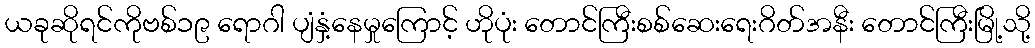
ယခုဆိုရင်ကိုဗစ်၁၉ ရောဂါ ပျံနှံ့နေမှုကြောင့် ဟိုပုံး တောင်ကြီးစစ်ဆေးရေးဂိတ်အနီး တောင်ကြီးမြို့သို့